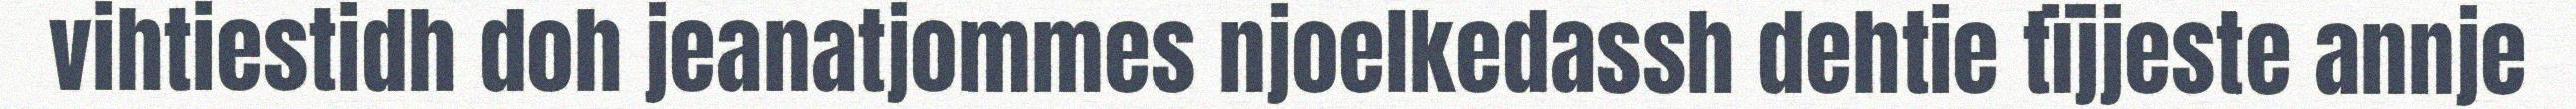
vihtiestidh doh jeanatjommes njoelkedassh dehtie tïjjeste annje